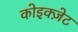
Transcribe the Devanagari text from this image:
कोइक्ज़ेट